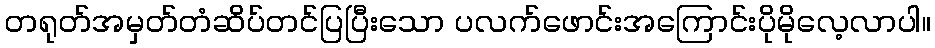
တရုတ်အမှတ်တံဆိပ်တင်ပြပြီးသော ပလက်ဖောင်းအကြောင်းပိုမိုလေ့လာပါ။